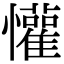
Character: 懽